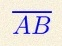
\overline{AB}